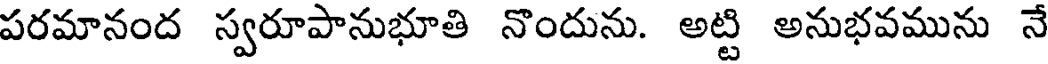
పరమానంద స్వరూపానుభూతి నొందును. అట్టి అనుభవమును నే